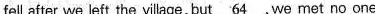
fell after we left the village, but \underline{64}, we met no one